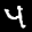
Label: 4